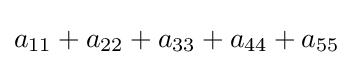
a_{11}+a_{22}+a_{33}+a_{44}+a_{55}